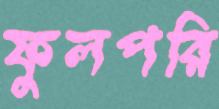
ফুলপরি